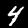
Label: 4